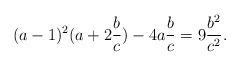
LaTeX: \begin{align*} (a-1)^2(a +2\frac{b}{c})-4a\frac{b}{c}=9\frac{b^2}{c^2}. \end{align*}